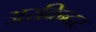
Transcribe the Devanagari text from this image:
अरविन्दर